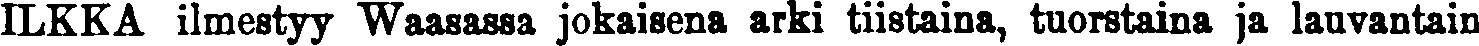
ILKKA ilmestyy Waasassa jokaisena arki tiistaina, tuorstaina ja lauvantain